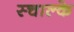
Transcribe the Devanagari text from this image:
स्चाल्के